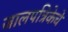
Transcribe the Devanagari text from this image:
जालपत्रिकेचे